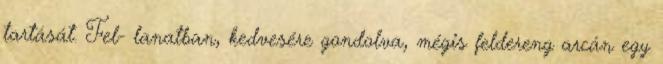
tartását. Fel- lanatban, kedvesére gondolva, mégis feldereng arcán egy